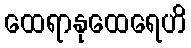
ထေရာနုထေရေဟိ